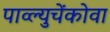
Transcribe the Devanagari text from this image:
पाव्ल्युचेंकोवा